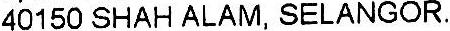
40150 SHAH ALAM, SELANGOR.